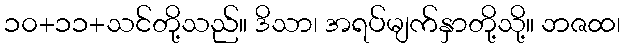
၁၀+၁၁+သင်တို့သည်။ ဒိသာ၊ အရပ်မျက်နှာတို့သို့။ ဘဇထ၊